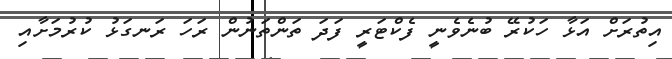
އިތުރަށް އަޅާ ހަކުރޭ ބުނެވެނީ ފެކްޓަރީ ފަދަ ތަންތަނުން ރަހަ ރަނގަޅު ކުރުމަށާއި